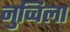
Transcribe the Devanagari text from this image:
नुव्विला